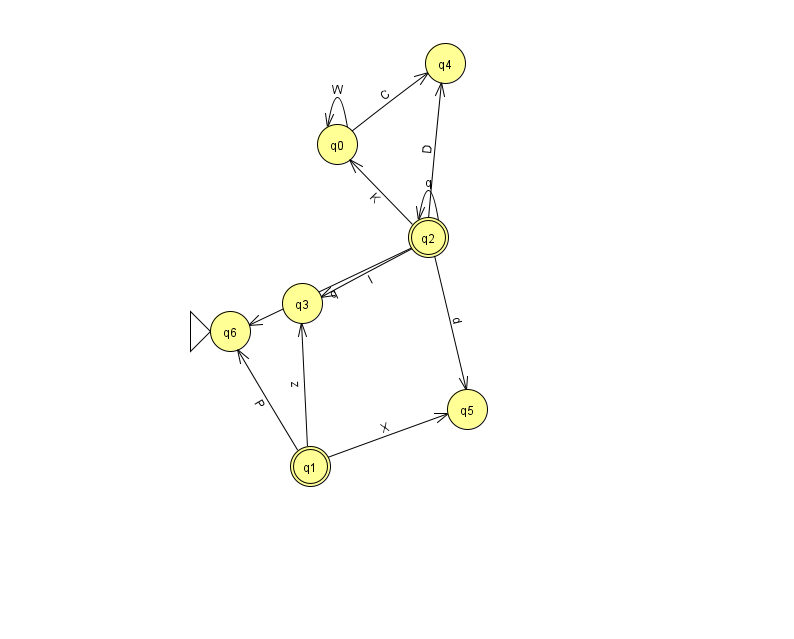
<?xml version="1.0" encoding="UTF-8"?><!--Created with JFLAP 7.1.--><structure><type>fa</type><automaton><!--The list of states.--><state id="0" name="q0"><x>337.0</x><y>131.0</y></state><state id="1" name="q1"><x>310.0</x><y>453.0</y><final/></state><state id="2" name="q2"><x>428.0</x><y>224.0</y><final/></state><state id="3" name="q3"><x>302.0</x><y>290.0</y></state><state id="4" name="q4"><x>445.0</x><y>50.0</y></state><state id="5" name="q5"><x>467.0</x><y>396.0</y></state><state id="6" name="q6"><x>230.0</x><y>318.0</y><initial/></state><!--The list of transitions.--><transition><from>0</from><to>4</to><read>C</read></transition><transition><from>2</from><to>2</to><read>q</read></transition><transition><from>2</from><to>0</to><read>K</read></transition><transition><from>1</from><to>6</to><read>P</read></transition><transition><from>0</from><to>0</to><read>W</read></transition><transition><from>1</from><to>3</to><read>z</read></transition><transition><from>1</from><to>5</to><read>X</read></transition><transition><from>2</from><to>3</to><read>I</read></transition><transition><from>2</from><to>6</to><read>q</read></transition><transition><from>2</from><to>4</to><read>D</read></transition><transition><from>2</from><to>5</to><read>d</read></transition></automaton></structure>